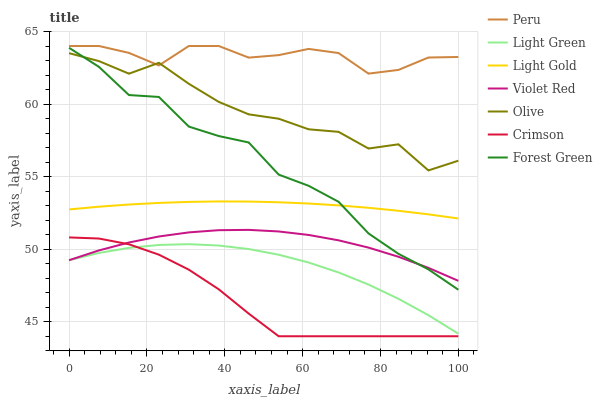
| xaxis_label | Peru | Light Green | Light Gold | Violet Red | Olive | Crimson | Forest Green |
 | --- | --- | --- | --- | --- | --- | --- | --- |
 | 0 | 64 | 49.2 | 52.7 | 49.2 | 63.5 | 50.8 | 63.9 |
 | 7.69 | 64 | 49.7 | 52.9 | 49.9 | 63 | 50.7 | 62.6 |
 | 15.4 | 63.5 | 50.1 | 53.1 | 50.5 | 62.1 | 50.3 | 60.6 |
 | 23.1 | 62.7 | 50.3 | 53.2 | 50.9 | 62.8 | 49.6 | 60.5 |
 | 30.8 | 64 | 50.3 | 53.3 | 51.2 | 61.4 | 48.6 | 58.4 |
 | 38.5 | 64 | 50.3 | 53.3 | 51.3 | 60.1 | 47.2 | 57.8 |
 | 46.2 | 63.2 | 50 | 53.3 | 51.3 | 59.3 | 45.6 | 57.4 |
 | 53.8 | 63.4 | 49.6 | 53.2 | 51.2 | 59 | 44 | 55.1 |
 | 61.5 | 63.8 | 49.1 | 53.1 | 51 | 58.3 | 44 | 54.4 |
 | 69.2 | 63.5 | 48.4 | 53 | 50.6 | 58.1 | 44 | 53.3 |
 | 76.9 | 62.1 | 47.6 | 52.9 | 50.1 | 56.9 | 44 | 51.1 |
 | 84.6 | 62.4 | 46.6 | 52.6 | 49.5 | 57.2 | 44 | 49.7 |
 | 92.3 | 63.2 | 45.5 | 52.4 | 48.7 | 55.4 | 44 | 48.6 |
 | 100 | 63.2 | 44.2 | 52.1 | 47.8 | 56.1 | 44 | 47.2 |